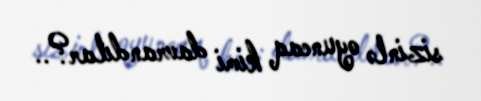
sizinlə oyuncaq kimi davrandılar?..